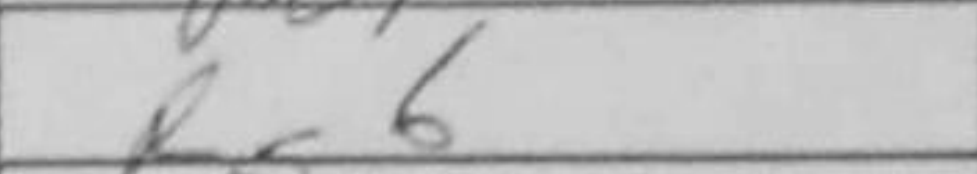
Transcription: Bg6